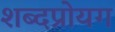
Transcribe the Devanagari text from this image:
शब्दप्रोयग